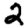
Digit: 2